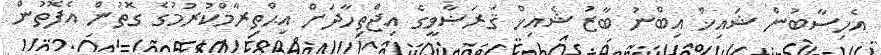
އެހިސާބުން ޝައިޚް އިބްނު ބާޒު ޝެއިޚް ޤަރަޟާވީގެ އިޖްތިހާދަށް އިޙްތިރާމްކުރުމުގެ ގޮތުން އެފޮތުން